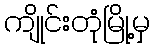
ကျိုင်းတုံမြို့မှ